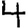
Digit: 4